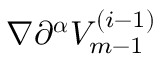
\nabla \partial ^ { \boldsymbol { \alpha } } V _ { m - 1 } ^ { ( i - 1 ) }